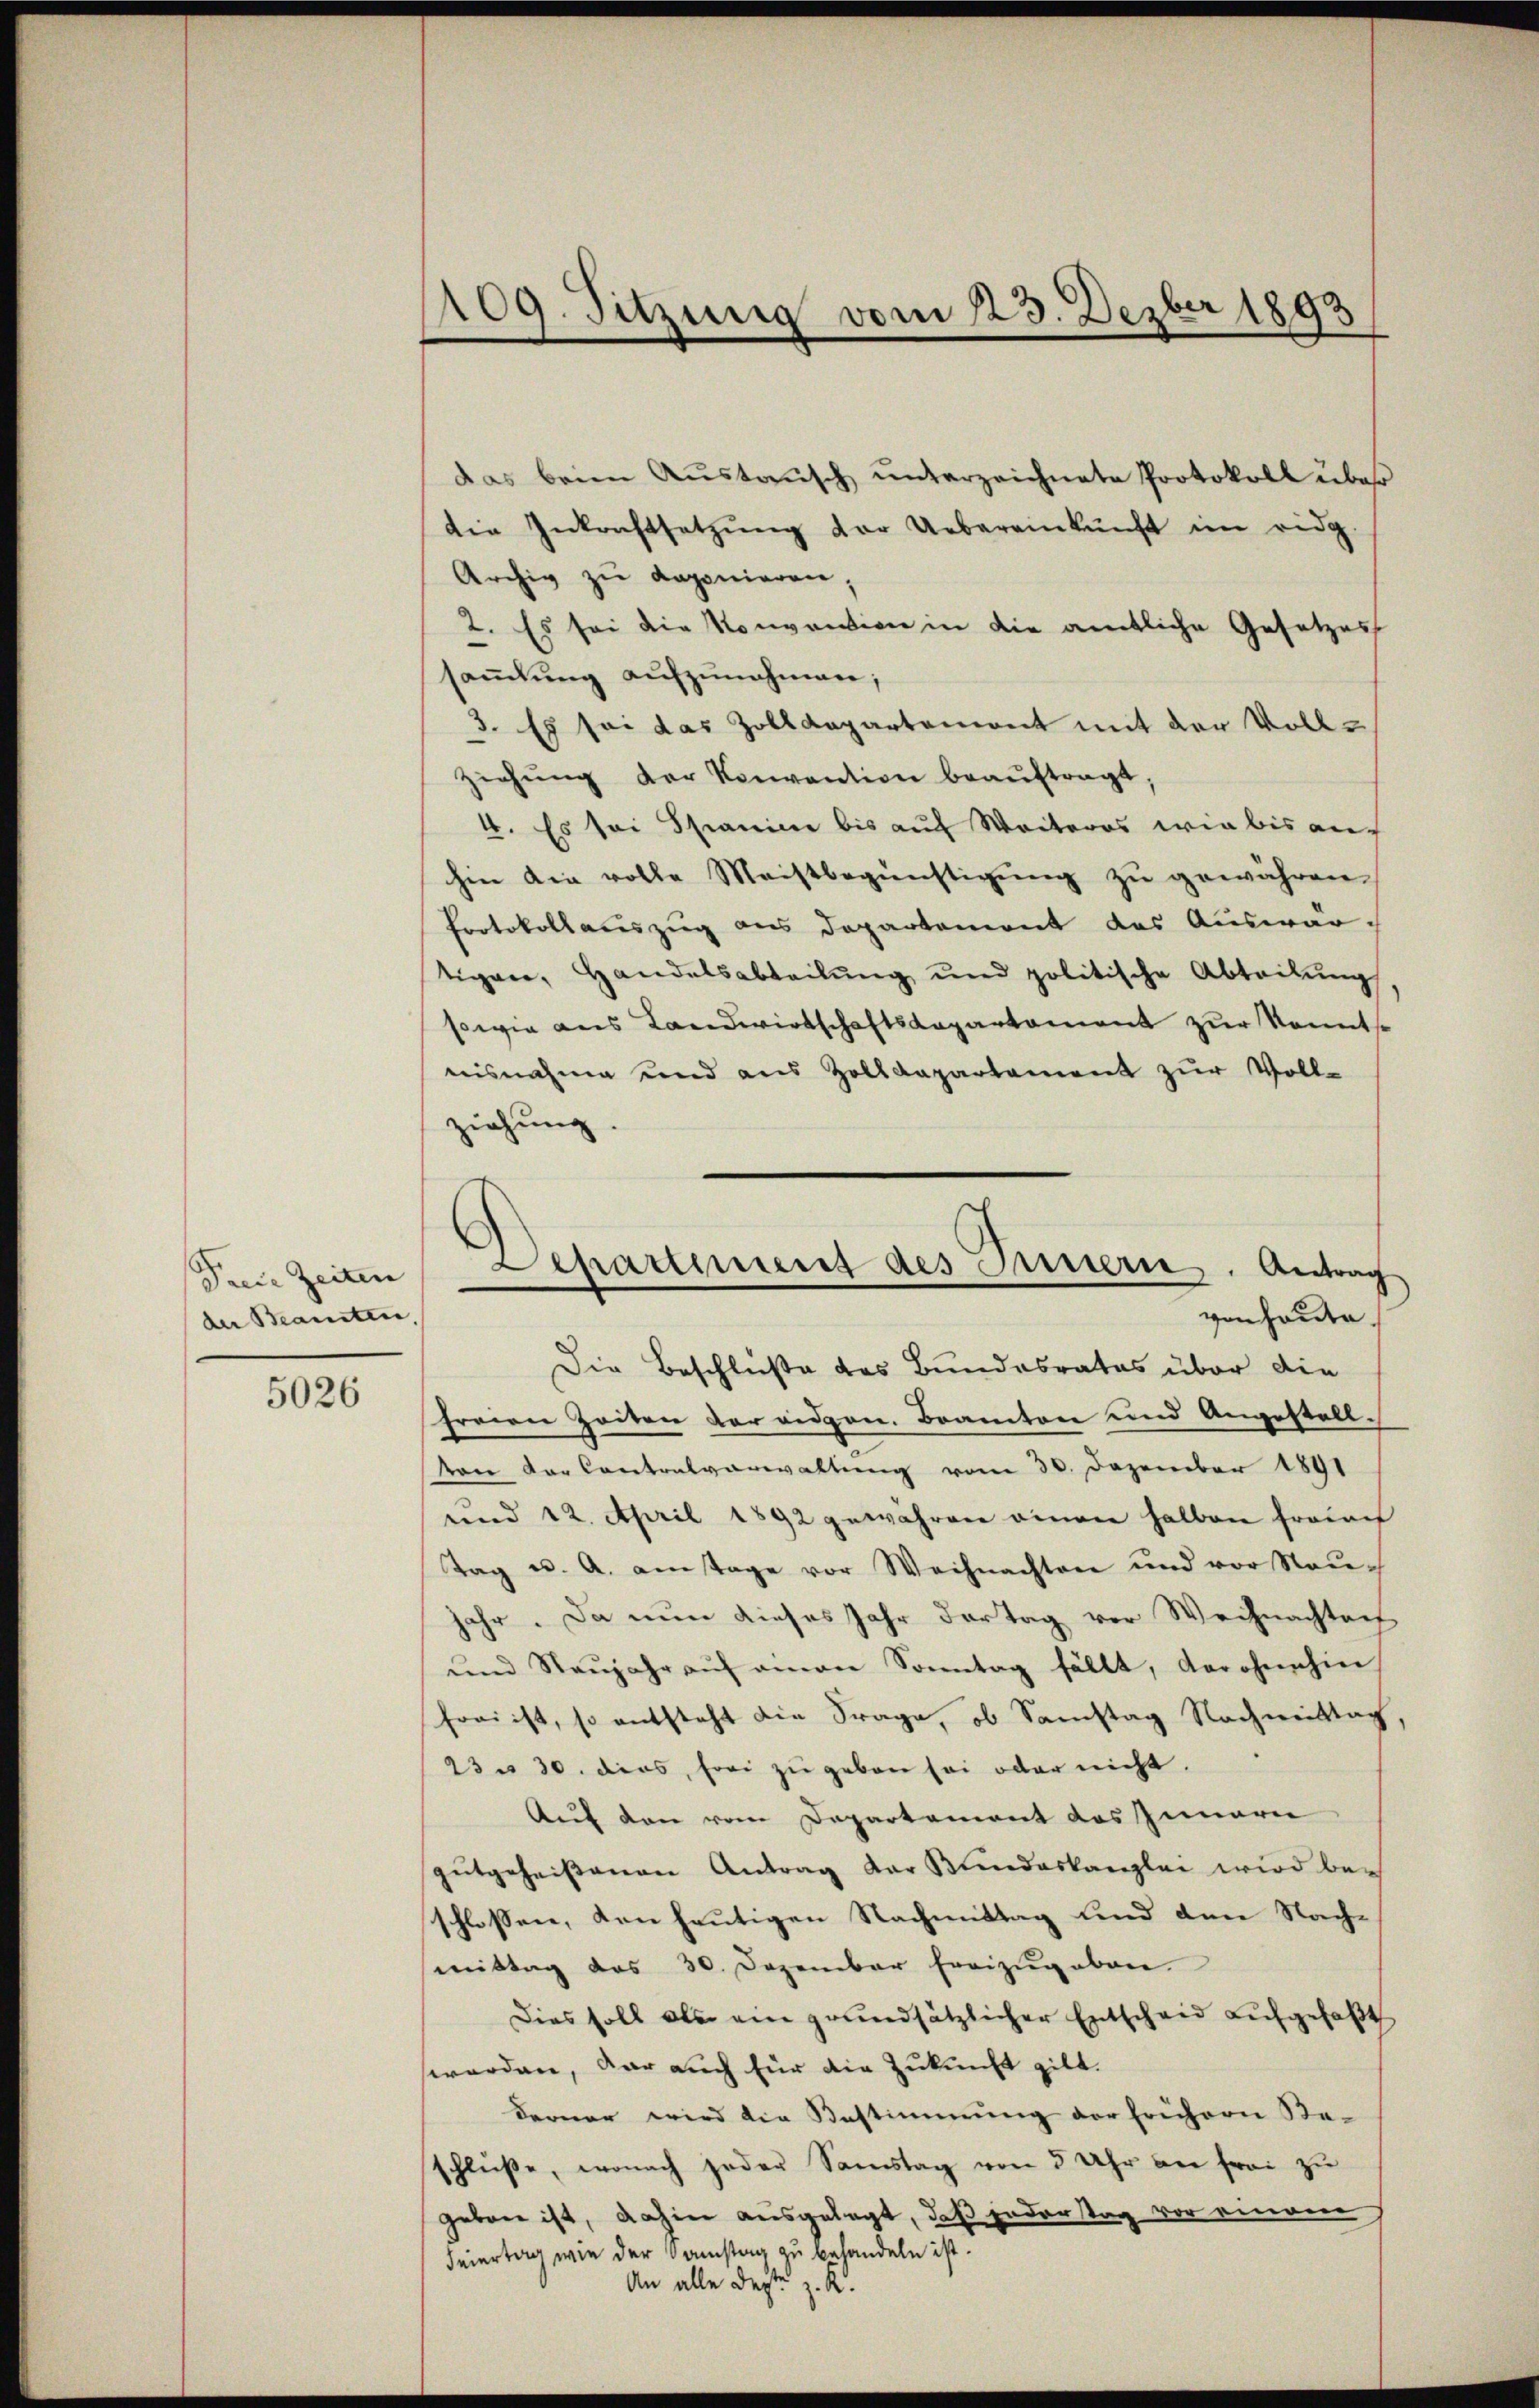
Freie Zeiten
der Beamten

5026

109. Sitzung vom 223. Dezber 1893

das beim Austausch unterzeichnete Protokoll über
die Inkraftsetzŭng der Uebereinkunft im eidg.
Archiv zu deponieren,
2. Es sei die Konvention in die amtliche Gesetzes
saṁlŭng aŭfzŭnehmen;
3. Es sei das Zolldepartement mit der Vollziehung der Konvention beaŭftragt
4. Es sei Stranice bis auf Weiteres wir bis auf
hin die volle Meistbegünstigŭng zŭ gewähren.
Protokollauszug aus Departement des Auswartigen, Handelsabteilŭng und politische Abteilŭng
sowie aus Landwirtschaftsdepartement zur Kenntnisnahme und aus Zolldepartement zŭr Voll-
ziehung.
Die Beschluße des Bundesrates über die
freien Zeiten der eidgen. Beamten und Angestellvon der Contralverwaltung vom 30. Dezember 1891
und 12. April 1892 gewahren einen halben freien
Tag u. A. am Tage vor Weihnachten und vor Neujahr. Da nun dieses Jahr der Tag vor Weihnachtach
ŭnd Neŭjahr aŭf einen Sonntag fällt, der ohnehin
sori ist, so entsteht die Frage, ob Samstag Nachmittag
23 u. 30. dies, frei zu geben sei oder nicht.
Auf den vom Departement des Innern
gŭtgeheißenen Antrag der Kundeskanzlei wird be-
schlossen, den heutigen Nachmittag und den Nachmittag das 30. Dezember freizŭg aben.
Dies soll als ein grundsätzlicher Entscheid aufgefaßt
worden, dar auch für die Zukunft gilt.
Ferner wird die Bestimmung der frühern Be-
schlüße, wonach jeder Samstag von 5 Uhr an frei zu
geben ist, dahin ausgelegt, daß Enderstag vor einem
Feiertag wie der Samstag zu behandeln ist.
An alle deste z. R.

partement des Innern. Antrag
von heute.